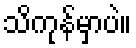
သိကုန်မှာပဲ။